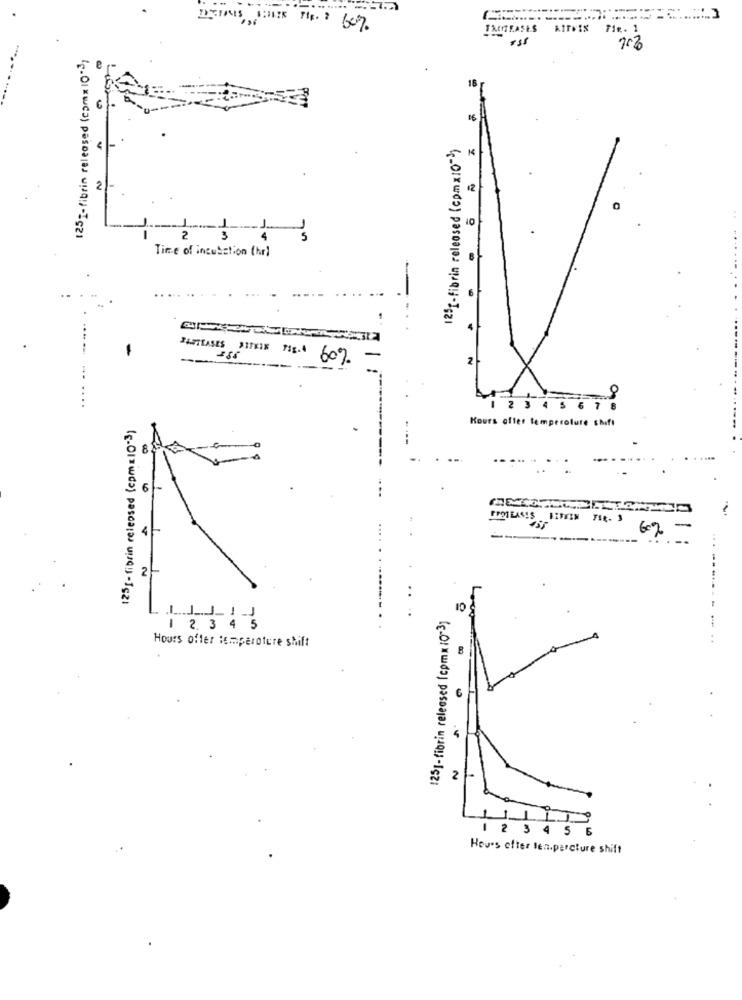
INCREASES AITHIS FIR. 1
125-fibrin released (comx 10*3,
75%
125g-fibrin released (comx10-)
2
12
10
2
3
-5
Time of incubation (hr)
60%
1 2 3 4 5 67
125g- fibrin released (cpma10-3)
Kours offer temperature shift
6
PROTEASES BESEIN FIR- 3
4F
6%
2
10
1251- fibrin released (cpmx 10-3)
1 2. 3 4 5
Hours offer temperoture shift
6
2
123456
Houes efter len.percture shift